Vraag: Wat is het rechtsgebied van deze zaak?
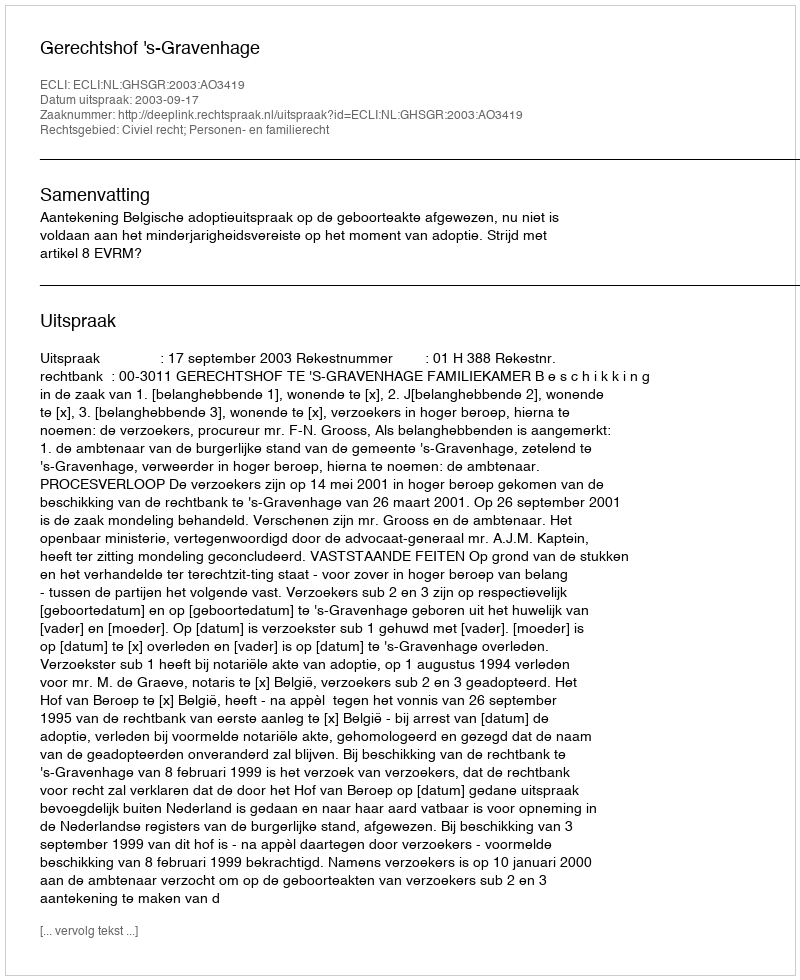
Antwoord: Civiel recht; Personen- en familierecht